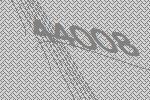
44008